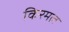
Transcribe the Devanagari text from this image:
किरमल